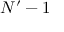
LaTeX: N ^ { \prime } - 1